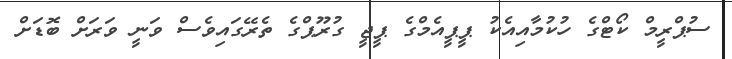
ސުޕްރީމް ކޯޓްގެ ހުކުމާއިއެކު ޕީޕީއެމްގެ ޕީޖީ ގުރޫޕްގެ ތެރޭގައިވެސް ވަނީ ވަަރަށް ބޮޑަށް